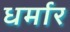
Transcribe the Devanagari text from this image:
धर्मार